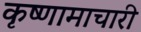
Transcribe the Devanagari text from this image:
कृष्णामाचारी